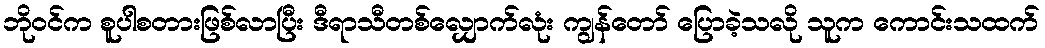
ဘိုဝင်က စူပါစတားဖြစ်လာပြီး ဒီရာသီတစ်လျှောက်လုံး ကျွန်တော် ပြောခဲ့သလို သူက ကောင်းသထက်